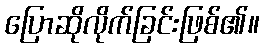
ပြောဆိုလိုက်ခြင်းဖြစ်၏။